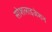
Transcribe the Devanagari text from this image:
सोशलाइजेशन